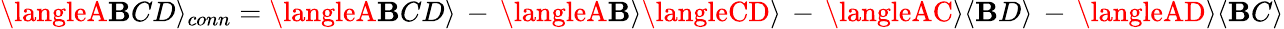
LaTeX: \langleA\mathbf{B}CD\rangle_{conn}=\langleA\mathbf{B}CD\rangle\, -\, \langleA\mathbf{B}\rangle\langleCD\rangle\, -\, \langleAC\rangle\langle\mathbf{B}D\rangle\, -\, \langleAD\rangle\langle\mathbf{B}C\rangle